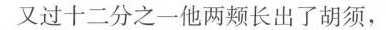
又过十二分之一他两颊长出了胡须，